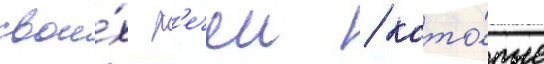
свои́х р'ечеи / кото́рые